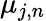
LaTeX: \mu_{j,n}